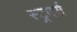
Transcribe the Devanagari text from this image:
स्ट्रदर्स